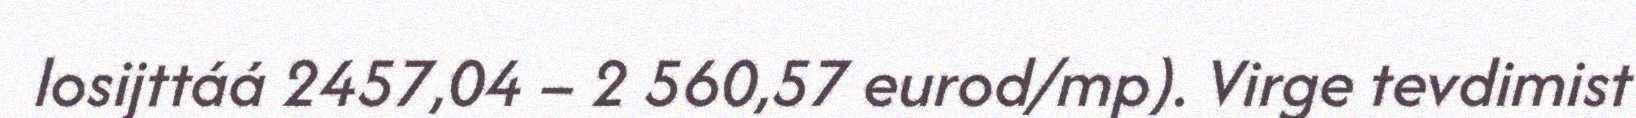
losijttáá 2457,04 – 2 560,57 eurod/mp). Virge tevdimist